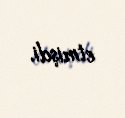
etmişdi.